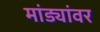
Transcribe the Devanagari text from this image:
मांड्यांवर